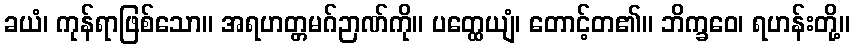
ခယံ၊ ကုန်ရာဖြစ်သော။ အရဟတ္တမဂ်ဉာဏ်ကို။ ပတ္ထေယျံ၊ တောင့်တ၏။ ဘိက္ခဝေ၊ ရဟန်းတို့။